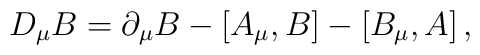
D_{\mu} B = \partial_{\mu} B - \left[ A_{\mu}, B \right] -                               \left[ B_{\mu}, A \right],